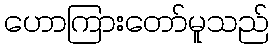
ဟောကြားတော်မူသည်